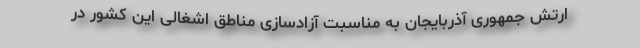
ارتش جمهوری آذربایجان به مناسبت آزادسازی مناطق اشغالی این کشور در